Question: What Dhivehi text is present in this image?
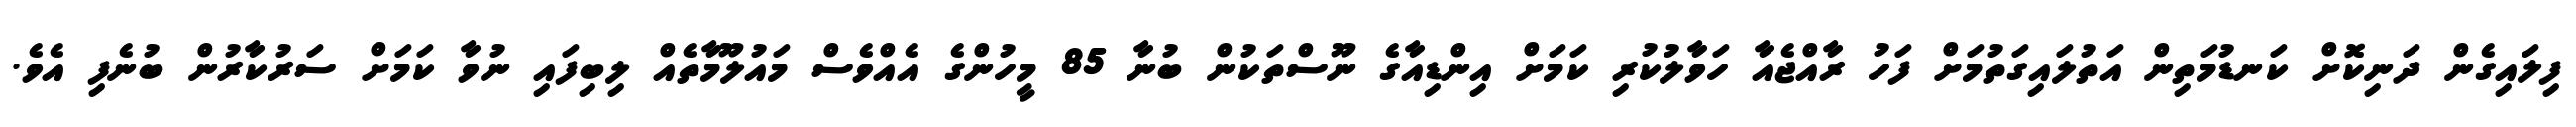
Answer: ފިލައިގެން ދަނިކޮށް ކަނޑުމަތިން އަތުލައިގަތުމަށް ފަހު ރާއްޖެއާ ހަވާލުކުރި ކަމަށް އިންޑިއާގެ ނޫސްތަކުން ބުނާ 85 މީހުންގެ އެއްވެސް މައުލޫމާތެއް ލިބިފައި ނުވާ ކަމަށް ސަރުކާރުން ބުނެފި އެވެ.